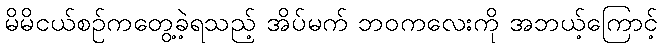
မိမိငယ်စဉ်ကတွေ့ခဲ့ရသည့် အိပ်မက် ဘဝကလေးကို အဘယ့်ကြောင့်